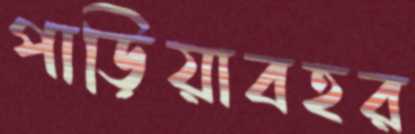
পাড়িয়াবহর